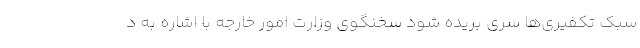
سبک تکفیری‌ها سری بریده شود سخنگوی وزارت امور خارجه با اشاره به د